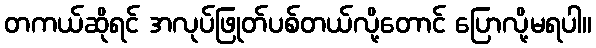
တကယ်ဆိုရင် အလုပ်ဖြုတ်ပစ်တယ်လို့တောင် ပြောလို့မရပါ။